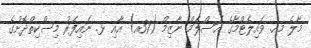
މާލެ މއ. ވައިލެޓްމާގެ އަސްލަމް ނާޒިމް (37އ) އާއި ޅ. ނައިފަރު މިސްކިތްދޮށުގެ